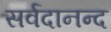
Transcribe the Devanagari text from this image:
सर्वदानन्द